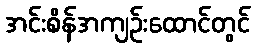
အင်းစိန်အကျဉ်းထောင်တွင်